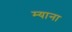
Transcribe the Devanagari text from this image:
म्याना